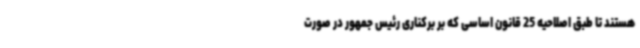
هستند تا طبق اصلاحیه 25 قانون اساسی که بر برکناری رئیس جمهور در صورت